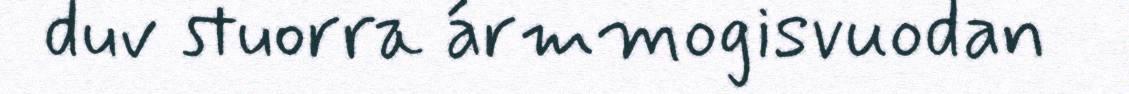
duv stuorra ármmogisvuodan